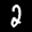
Label: 2